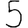
Digit: 5